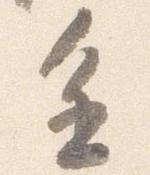
進